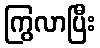
ကြွလာပြီး